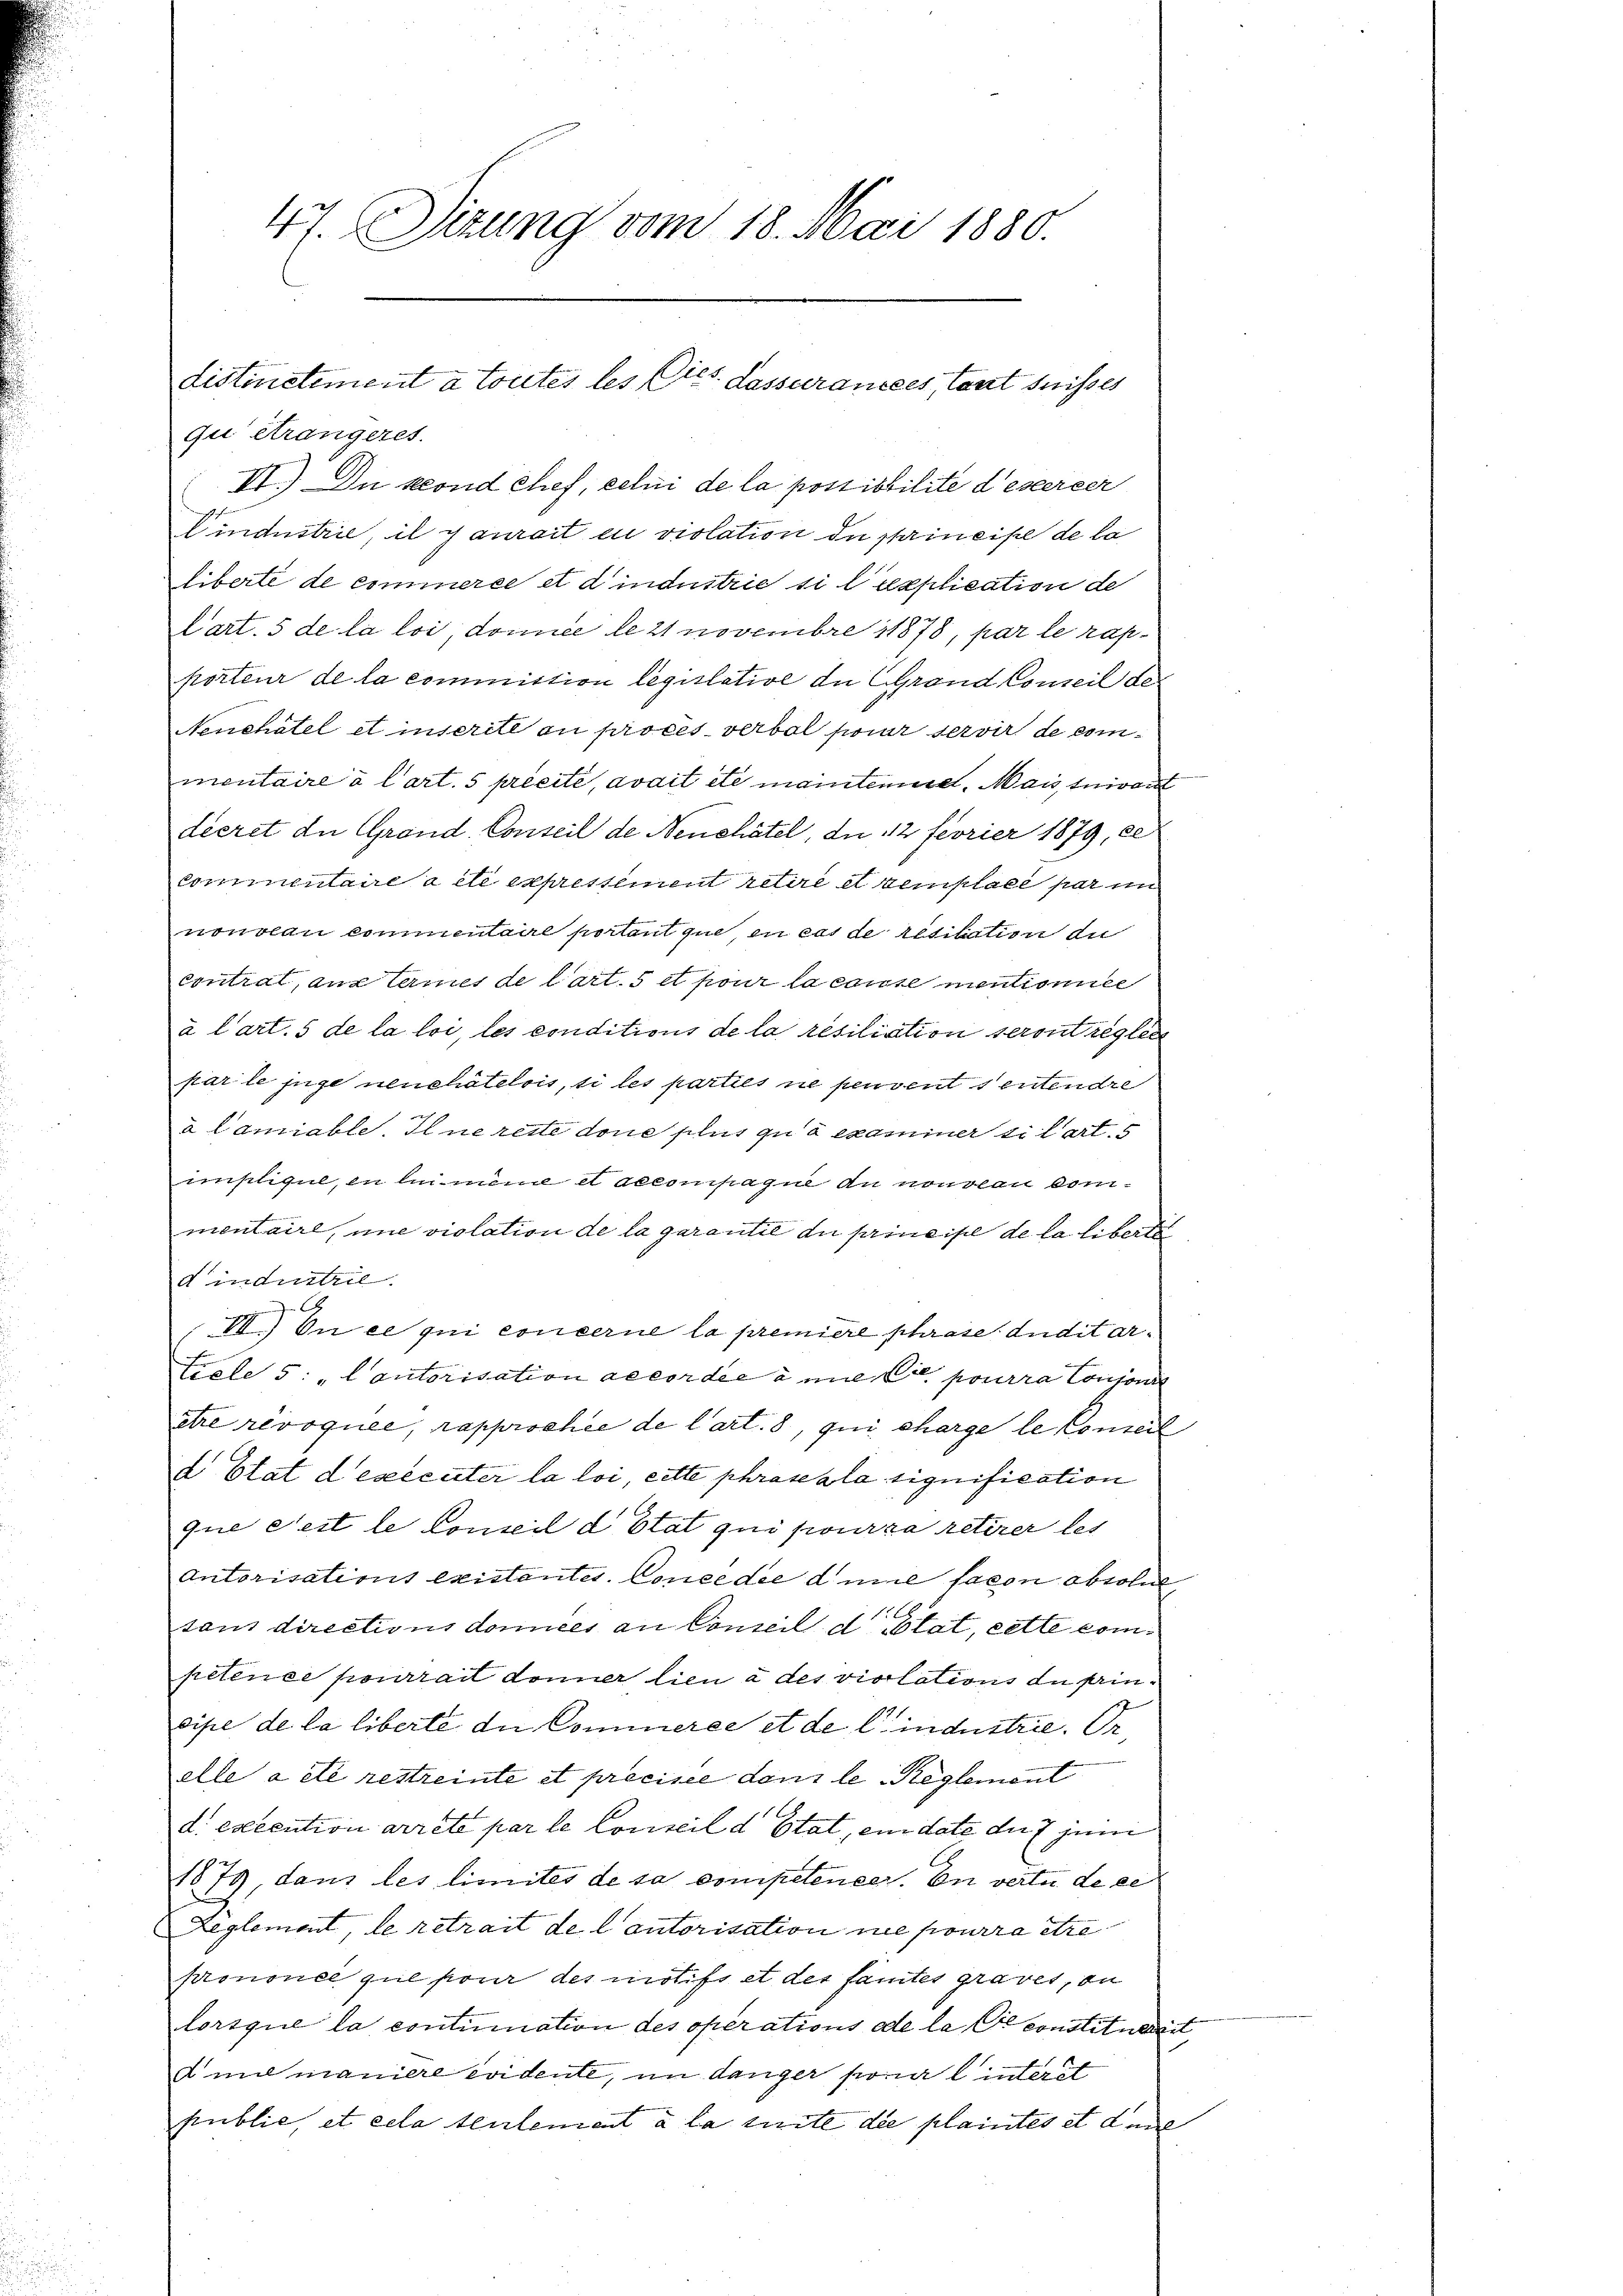
47. Sizung vom 18. Mai 1880.

qu étrangeres.
I.) Du kond Chef, celui de la possibilite descereer
Cindustrie, il y aurait en violation de principe de la
liberte de commerce et dindustrie si lupplication de
Cart. 5 de la loi, domice de 21 novembre 1878, par le rapporteur de la committion legislative in Grand Comeil des
Neuchâtel et inscrite au proces. verbal pour servir de commentaire à l’art. 5 précité, avait etc mainteniret. Mais suivant
decret die Grand-Conseil de Neuchâtel, an 12 Fevrier 1879, de
commentaire à été expressement retire et semplace par imm
nonolai commentaire portant que, en cas de resitation die
contral, aus termes de l’art. 5 et pour la caissementionie
à l’art. 5 de la loi, les conditions de la résiliation seront regler
par le juge neuchâtelois, si les parties ne peuvent sentendre
a Camiable. Il ne rette done plus qu à examiner si lart. 5
üstigul, in linmême et accompagne an nouveau commentaire, une violation de la garantie du principe de la liberte
dindustrie
C
VV. On ce qui concerne la premiere phrase Inditar¬
Frale 5: „Cantorisation accordée à une pourra Consons
être révoquée, rapproche de l’art. 8, qui, charge le Conseil
d Etat d’exécuter la loi, cette phrase ala signification
que Fest le Conseil d Etat qui pourra retirer les
Autorisations existantes. Conce die die facon absolue,
sans directions domices an Conseil d. Stat, cette compétence pourrait donner lieu à des violations an sincipe de la liberté de Commerce et de l’industrie. Dr.
elle a été restreinte et précisée dans le Reglement
d. excention arrête par le Conseil d Etat, ein date der 7 jeni
1879, dans les limités de sa competenzer. En verte de ce
Reglement, le retrait de lautorisation ne pourra être
prononce que pour des motifs et des famtes graves, on
lorsque la contimation des operations de la Ce constituerit
d mit maniere evidente, im Langer porial interst
public, et cela teulement à la suite die plaintes et der

distinctement à toutes les Cts. Lassurances, tant suisses